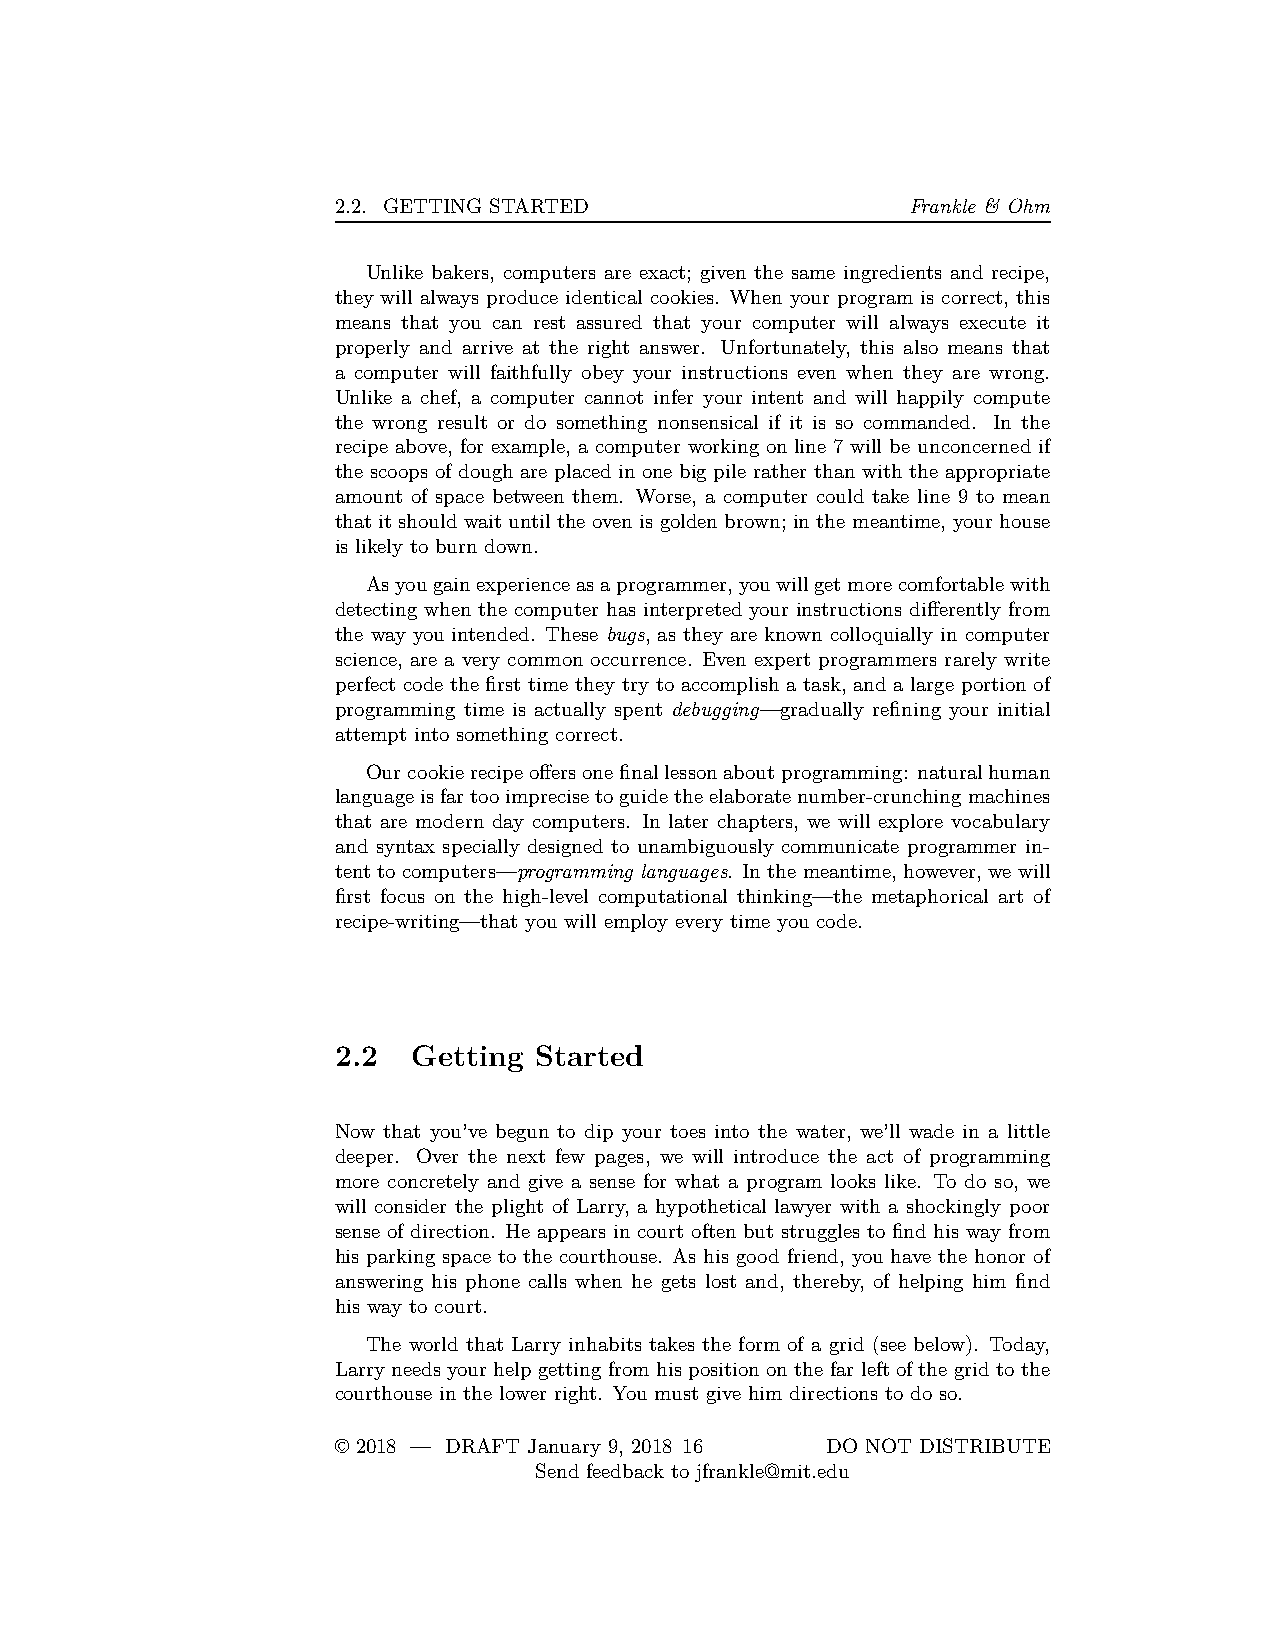
2.2. GETTING STARTED                  Frankle & Ohm
 Unlike bakers, computers are exact; given the same ingredients and recipe,
 they will always produce identical cookies. When your program is correct, this
 means that you can rest assured that your computer will always execute it
 properly and arrive at the right answer. Unfortunately, this also means that
 a computer will faithfully obey your instructions even when they are wrong.
 Unlike a chef, a computer cannot infer your intent and will happily compute
 the wrong result or do something nonsensical if it is so commanded. In the
 recipe above, for example, a computer working on line 7 will be unconcerned if
 the scoops of dough are placed in one big pile rather than with the appropriate
 amount of space between them. Worse, a computer could take line 9 to mean
 that it should wait until the oven is golden brown; in the meantime, your house
 is likely to burn down.
 Asyougainexperienceasaprogrammer,youwillgetmorecomfortablewith
 detecting when the computer has interpreted your instructions differently from
 the way you intended. These bugs, as they are known colloquially in computer
 science, are a very common occurrence. Even expert programmers rarely write
 perfect code the first time they try to accomplish a task, and a large portion of
 programming time is actually spent debugging—gradually refining your initial
 attempt into something correct.
 Ourcookierecipeoffersonefinallessonaboutprogramming: naturalhuman
 languageisfartooimprecisetoguidetheelaboratenumber-crunchingmachines
 that are modern day computers. In later chapters, we will explore vocabulary
 and syntax specially designed to unambiguously communicate programmer in-
 tent to computers—programming languages. In the meantime, however, we will
 first focus on the high-level computational thinking—the metaphorical art of
 recipe-writing—that you will employ every time you code.
 2.2  Getting Started
 Now that you’ve begun to dip your toes into the water, we’ll wade in a little
 deeper. Over the next few pages, we will introduce the act of programming
 more concretely and give a sense for what a program looks like. To do so, we
 will consider the plight of Larry, a hypothetical lawyer with a shockingly poor
 sense of direction. He appears in court often but struggles to find his way from
 his parking space to the courthouse. As his good friend, you have the honor of
 answering his phone calls when he gets lost and, thereby, of helping him find
 his way to court.
 The world that Larry inhabits takes the form of a grid (see below). Today,
 Larry needs your help getting from his position on the far left of the grid to the
 courthouse in the lower right. You must give him directions to do so.
 © 2018 — DRAFT January 9, 2018 16 DO NOT DISTRIBUTE
 Send feedback to jfrankle@mit.edu